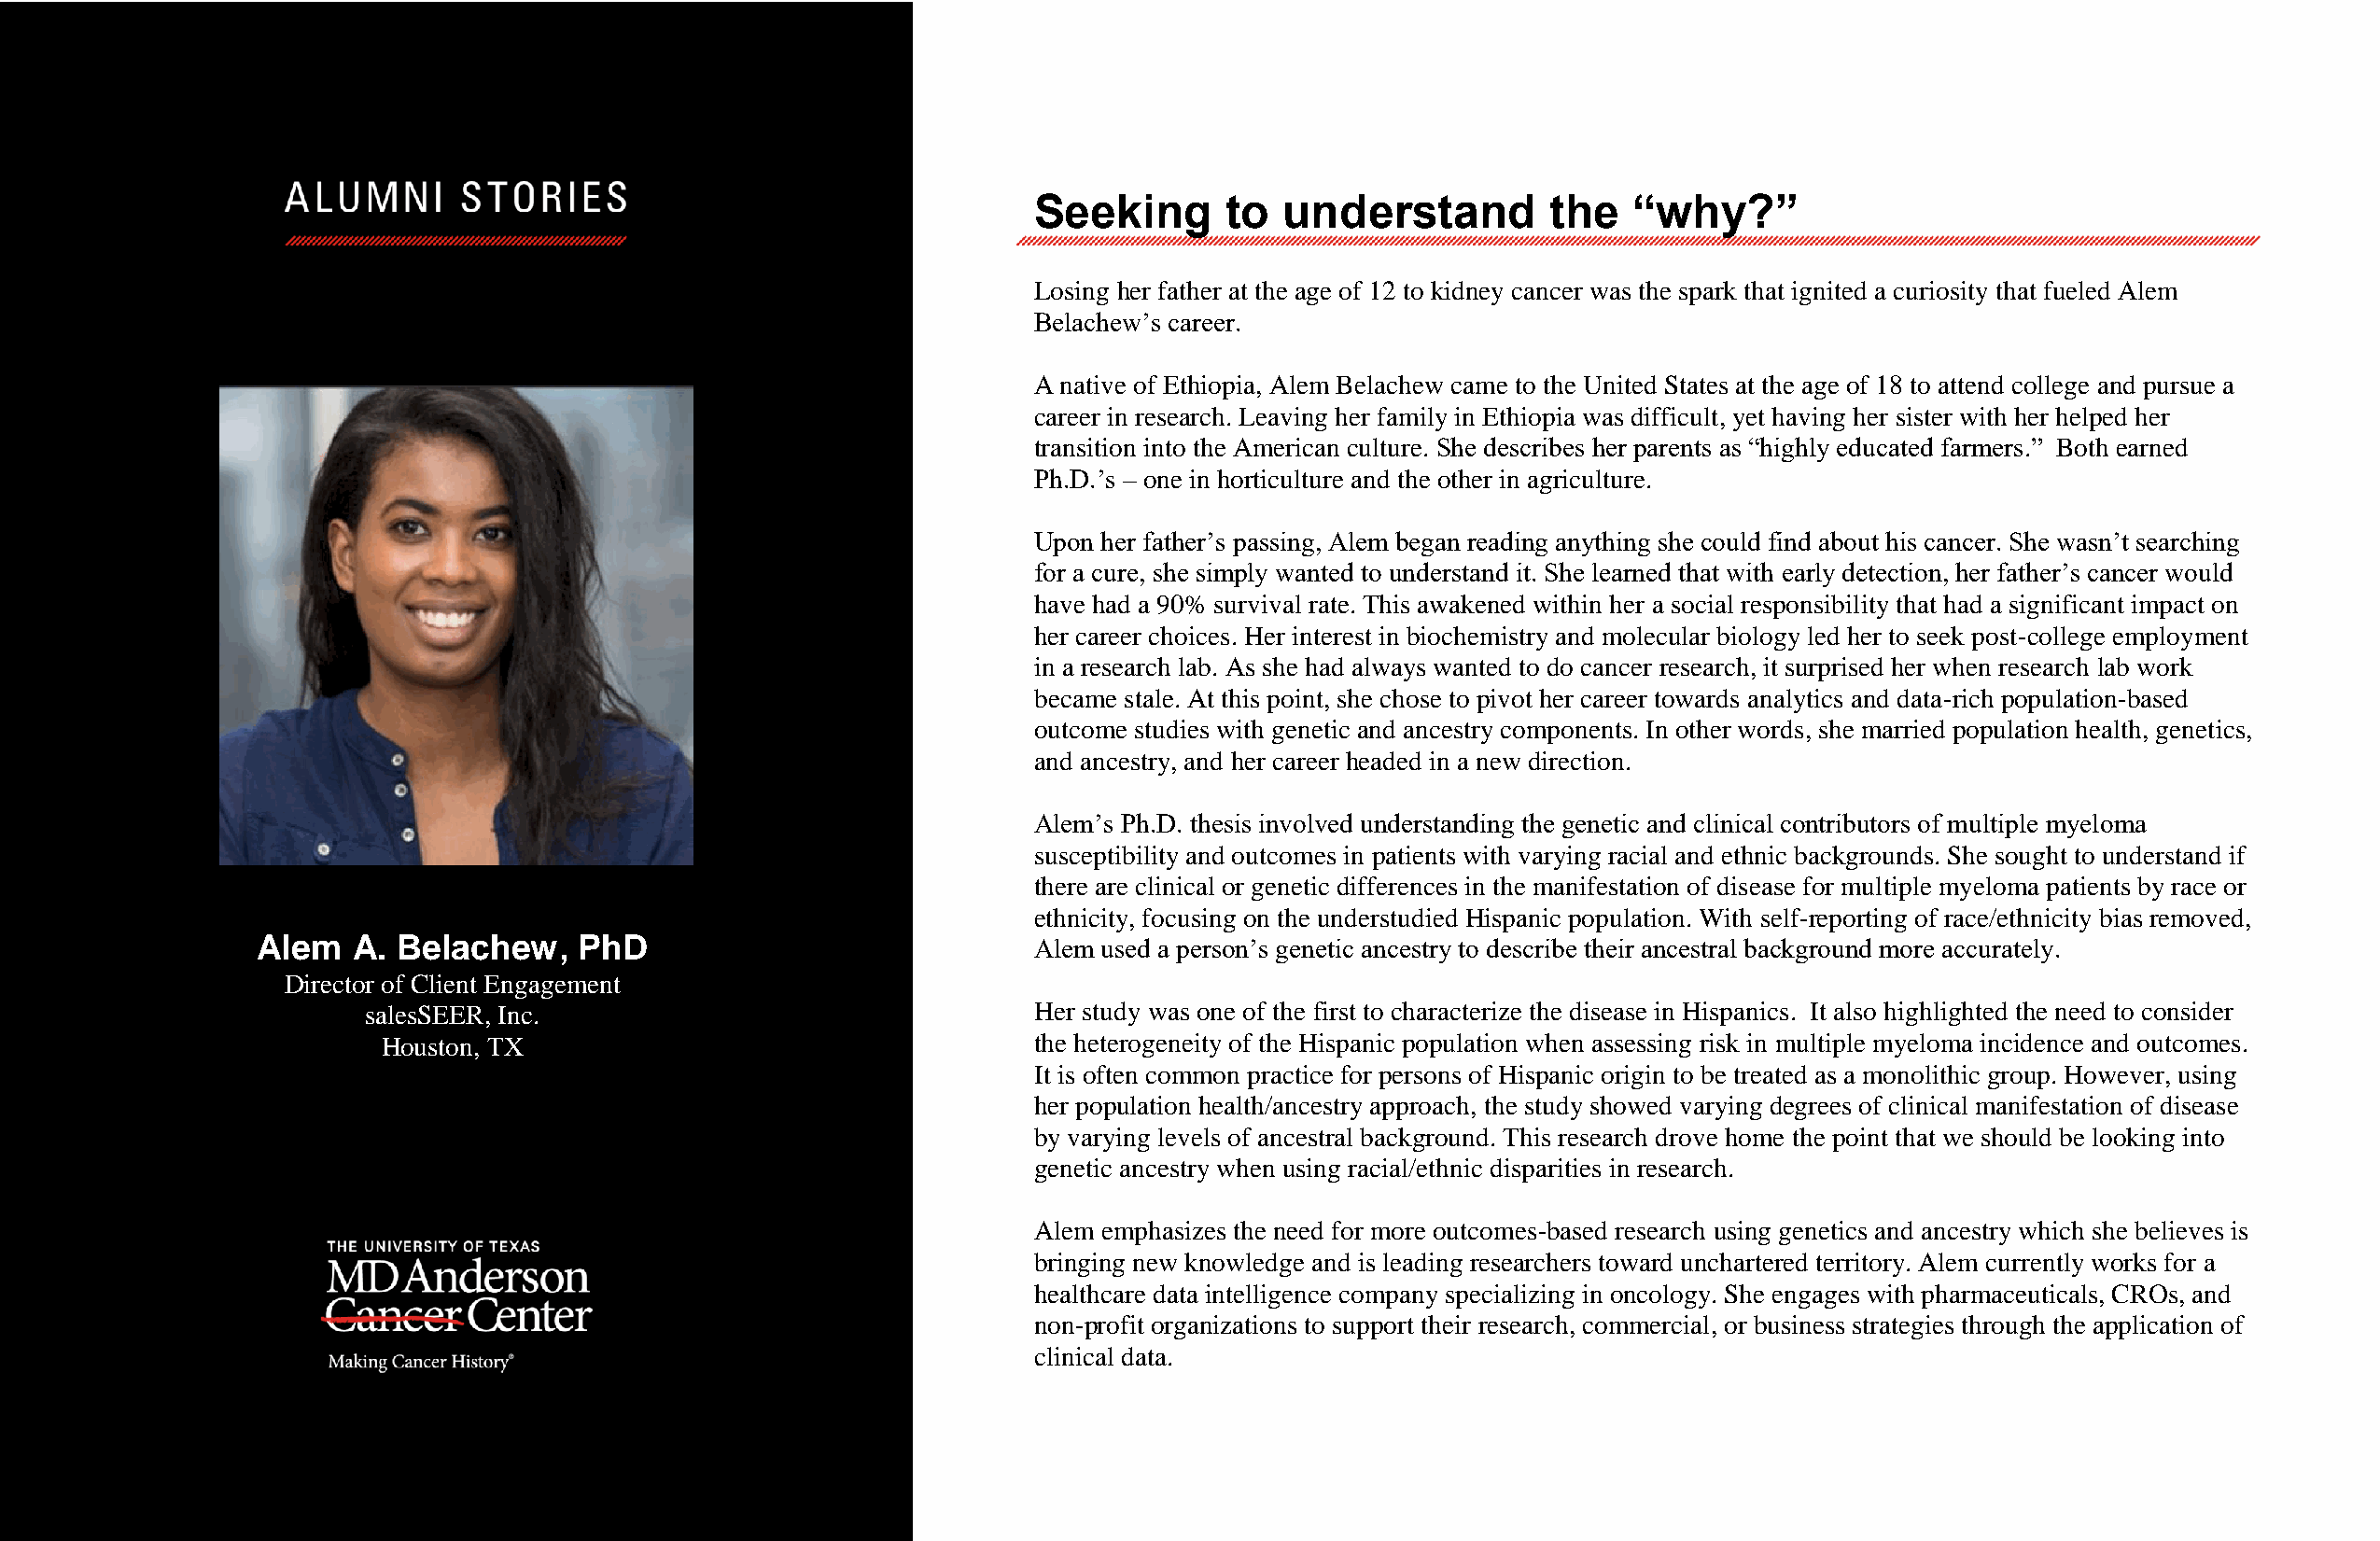
Seeking       to  understand         the   “why?”
 Losing her father at the age of 12 to kidney cancer was the spark that ignited a curiosity that fueled Alem
 Belachew’s career.
 A native of Ethiopia, Alem Belachew came to the United States at the age of 18 to attend college and pursue a
 career in research. Leaving her family in Ethiopia was difficult, yet having her sister with her helped her
 transition into the American culture. She describes her parents as “highly educated farmers.” Both earned
 Ph.D.’s – one in horticulture and the other in agriculture.
 Upon her father’s passing, Alem began reading anything she could find about his cancer. She wasn’t searching
 for a cure, she simply wanted to understand it. She learned that with early detection, her father’s cancer would
 have had a 90% survival rate. This awakened within her a social responsibility that had a significant impact on
 her career choices. Her interest in biochemistry and molecular biology led her to seek post-college employment
 in a research lab. As she had always wanted to do cancer research, it surprised her when research lab work
 became stale. At this point, she chose to pivot her career towards analytics and data-rich population-based
 outcome studies with genetic and ancestry components. In other words, she married population health, genetics,
 and ancestry, and her career headed in a new direction.
 Alem’s Ph.D. thesis involved understanding the genetic and clinical contributors of multiple myeloma
 susceptibility and outcomes in patients with varying racial and ethnic backgrounds. She sought to understand if
 there are clinical or genetic differences in the manifestation of disease for multiple myeloma patients by race or
 ethnicity, focusing on the understudied Hispanic population. With self-reporting of race/ethnicity bias removed,
 Alem   A. Belachew,    PhD                             Alem used a person’s genetic ancestry to describe their ancestral background more accurately.
 Director of Client Engagement
 salesSEER, Inc.                                Her study was one of the first to characterize the disease in Hispanics. It also highlighted the need to consider
 Houston, TX                                   the heterogeneity of the Hispanic population when assessing risk in multiple myeloma incidence and outcomes.
 It is often common practice for persons of Hispanic origin to be treated as a monolithic group. However, using
 her population health/ancestry approach, the study showed varying degrees of clinical manifestation of disease
 by varying levels of ancestral background. This research drove home the point that we should be looking into
 genetic ancestry when using racial/ethnic disparities in research.
 Alem emphasizes the need for more outcomes-based research using genetics and ancestry which she believes is
 bringing new knowledge and is leading researchers toward unchartered territory. Alem currently works for a
 healthcare data intelligence company specializing in oncology. She engages with pharmaceuticals, CROs, and
 non-profit organizations to support their research, commercial, or business strategies through the application of
 clinical data.